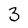
Character: 3